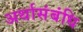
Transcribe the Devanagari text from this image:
अर्थासंबंधि